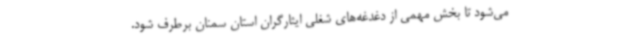
می‌شود تا بخش مهمی از دغدغه‌های شغلی ایثارگران استان سمنان برطرف شود.